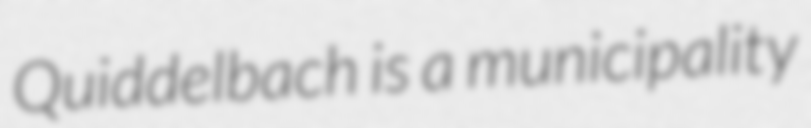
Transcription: Quiddelbach is a municipality